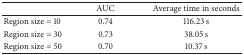
|  | AUC | Average time in seconds |
 | --- | --- | --- |
 | Region size = 10 | 0.74 | 116.23 s |
 | Region size = 30 | 0.73 | 38.05 s |
 | Region size = 50 | 0.70 | 10.37 s |